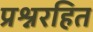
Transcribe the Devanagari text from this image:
प्रश्नरहित